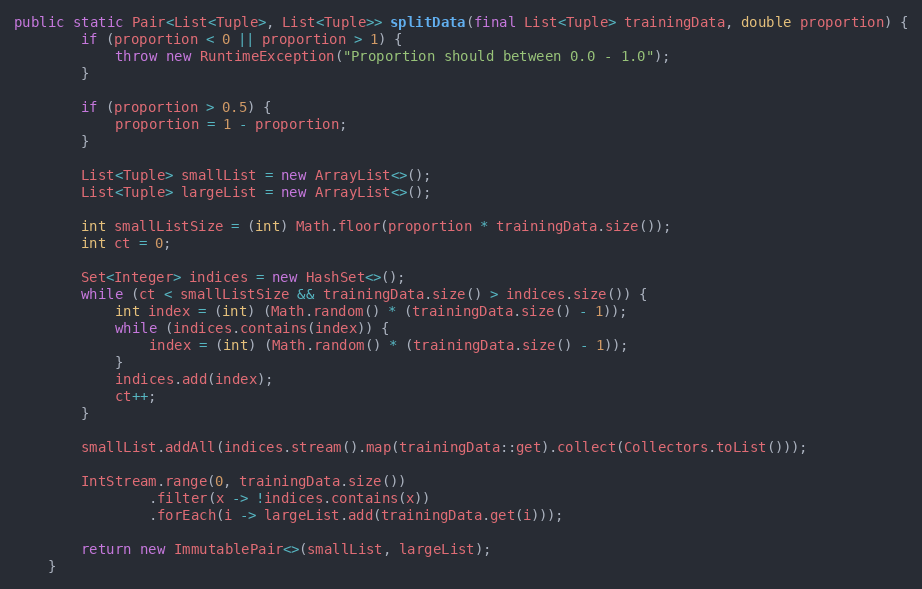
Language: Java
public static Pair<List<Tuple>, List<Tuple>> splitData(final List<Tuple> trainingData, double proportion) {
        if (proportion < 0 || proportion > 1) {
            throw new RuntimeException("Proportion should between 0.0 - 1.0");
        }

        if (proportion > 0.5) {
            proportion = 1 - proportion;
        }

        List<Tuple> smallList = new ArrayList<>();
        List<Tuple> largeList = new ArrayList<>();

        int smallListSize = (int) Math.floor(proportion * trainingData.size());
        int ct = 0;

        Set<Integer> indices = new HashSet<>();
        while (ct < smallListSize && trainingData.size() > indices.size()) {
            int index = (int) (Math.random() * (trainingData.size() - 1));
            while (indices.contains(index)) {
                index = (int) (Math.random() * (trainingData.size() - 1));
            }
            indices.add(index);
            ct++;
        }

        smallList.addAll(indices.stream().map(trainingData::get).collect(Collectors.toList()));

        IntStream.range(0, trainingData.size())
                .filter(x -> !indices.contains(x))
                .forEach(i -> largeList.add(trainingData.get(i)));

        return new ImmutablePair<>(smallList, largeList);
    }